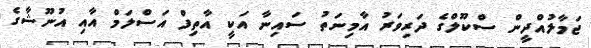
ޖަމާލުއްދީން ސްކޫލްގެ ދަރިވަރު އާމިނަތު ސައިނާ އަކީ އާތިފް އަސްލަމް އާއި އުނޫޝާގެ